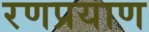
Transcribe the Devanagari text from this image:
रणप्रयाण